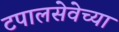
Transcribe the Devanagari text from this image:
टपालसेवेच्या